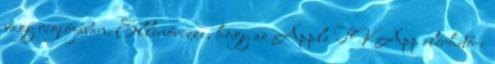
vagy régiójában. Ellenőrizze, hogy az Apple TV App elérhető-e